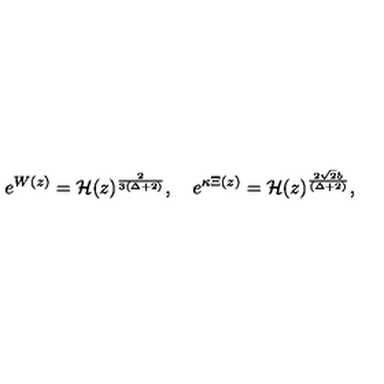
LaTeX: e ^ { W ( z ) } = { \cal H } ( z ) ^ { \frac { 2 } { 3 ( \Delta + 2 ) } } , \quad e ^ { \kappa \Xi ( z ) } = { \cal H } ( z ) ^ { \frac { 2 \sqrt { 2 } b } { ( \Delta + 2 ) } } ,